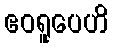
ဧဝရူပေဟိ